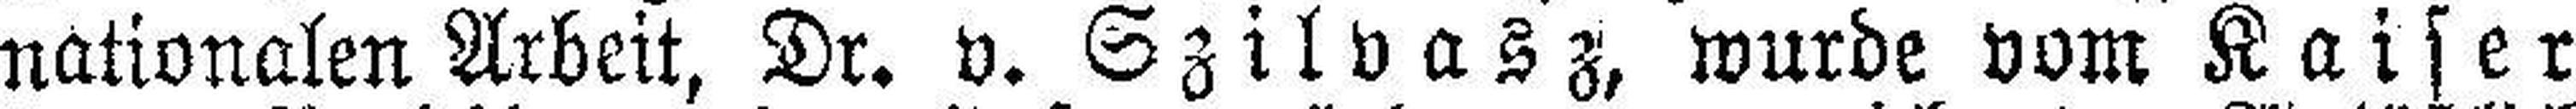
nationalen Arbeit, Dr. v. Szilvasz, wurde vom Kaiser